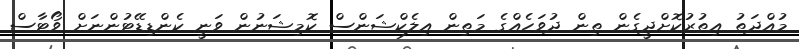
މުއްދަތު އިތުރުކޮށްދީގެން ތިން ދުވަހެއްގެ މަތިން އިލެކްޝަންސް ކޮމިޝަނުން ވަނީ ކެންޑިޑޭޓުންނަށް ވޯޓާސް